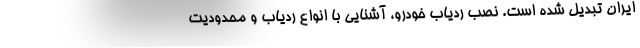
ایران تبدیل شده است. نصب ردیاب خودرو، آشنایی با انواع ردیاب و محدودیت